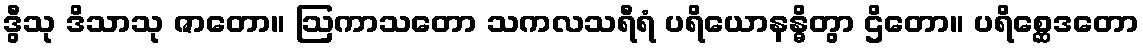
ဒွီသု ဒိသာသု ဇာတော။ ဩကာသတော သကလသရီရံ ပရိယောနန္ဓိတွာ ဌိတော။ ပရိစ္ဆေဒတော